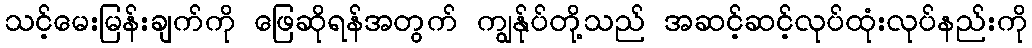
သင့်မေးမြန်းချက်ကို ဖြေဆိုရန်အတွက် ကျွန်ုပ်တို့သည် အဆင့်ဆင့်လုပ်ထုံးလုပ်နည်းကို